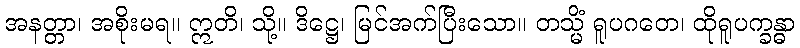
အနတ္တာ၊ အစိုးမရ။ ဣတိ၊ သို့။ ဒိဋ္ဌေ၊ မြင်အက်ပြီးသော။ တသ္မိံ ရူပဂတေ၊ ထိုရူပက္ခန္ဓာ